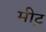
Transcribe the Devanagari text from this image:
मीट्र